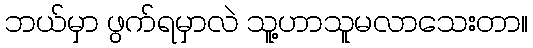
ဘယ်မှာ ဖွက်ရမှာလဲ သူ့ဟာသူမလာသေးတာ။